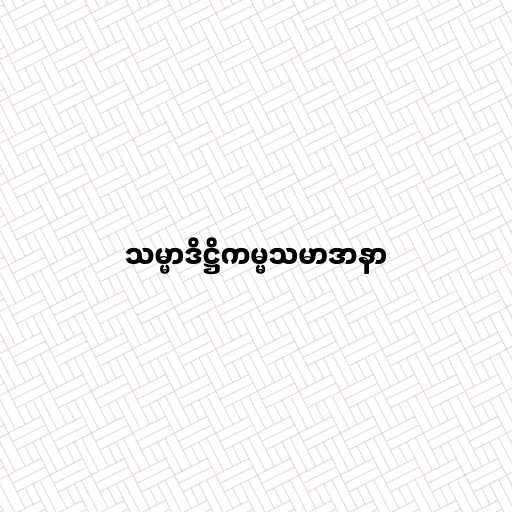
သမ္မာဒိဋ္ဌိကမ္မသမာဒာနာ